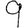
Digit: 9